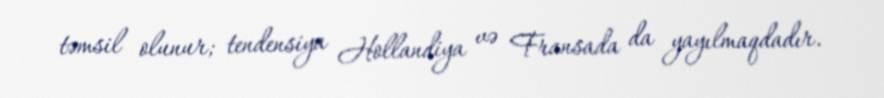
təmsil olunur; tendensiya Hollandiya və Fransada da yayılmaqdadır.